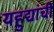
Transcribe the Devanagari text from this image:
यहुद्यांची